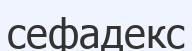
сефадекс